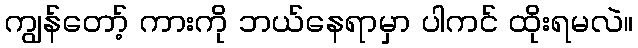
ကျွန်တော့် ကားကို ဘယ်နေရာမှာ ပါကင် ထိုးရမလဲ။